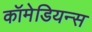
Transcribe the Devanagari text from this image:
कॉमेडियन्स